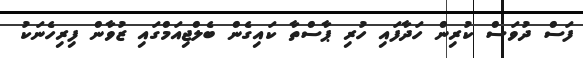
ފަސް ދުވަސް ކުރިން ހަދާފައި ހުރި ޕާސްތާ ކައިގެން ބެލްޖިއަމްގައި ޒުވާން ފިރިހެނަކު